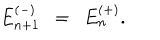
LaTeX: E _ { n + 1 } ^ { ( - ) } ~ ~ = ~ ~ E _ { n } ^ { ( + ) } .